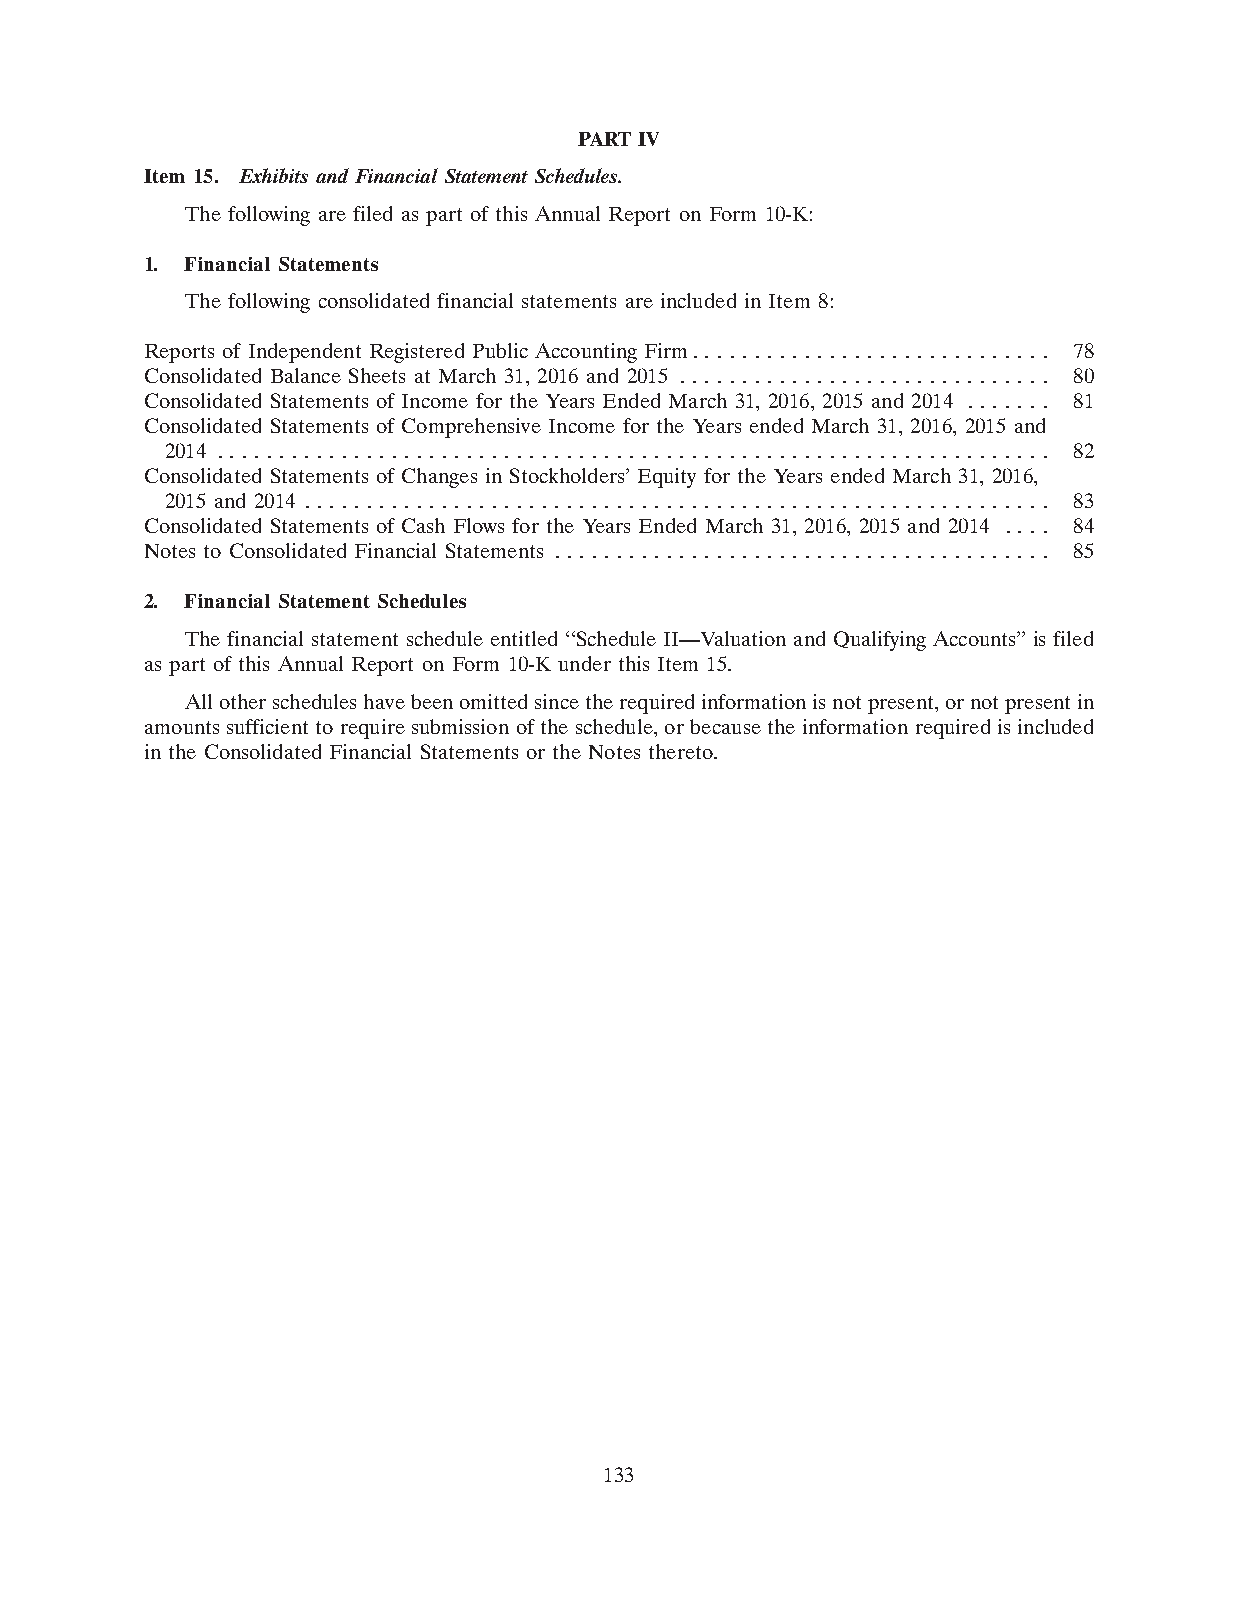
PART IV
 Item 15. Exhibits and Financial Statement Schedules.
 The following are filed as part of this Annual Report on Form 10-K:
 1. Financial Statements
 The following consolidated financial statements are included in Item 8:
 Reports of Independent Registered Public Accounting Firm. . . . . . . . . . . . . . . . . . . . . . . . . . . . . 78
 Consolidated Balance Sheets at March 31, 2016 and 2015 . . . . . . . . . . . . . . . . . . . . . . . . . . . . . . 80
 Consolidated Statements of Income for the Years Ended March 31, 2016, 2015 and 2014 . . . . . . . 81
 Consolidated Statements of Comprehensive Income for the Years ended March 31, 2016, 2015 and
 2014 . . . . . . . . . . . . . . . . . . . . . . . . . . . . . . . . . . . . . . . . . . . . . . . . . . . . . . . . . . . . . . . . . . . 82
 Consolidated Statements of Changes in Stockholders’ Equity for the Years ended March 31, 2016,
 2015 and 2014 . . . . . . . . . . . . . . . . . . . . . . . . . . . . . . . . . . . . . . . . . . . . . . . . . . . . . . . . . . . . 83
 Consolidated Statements of Cash Flows for the Years Ended March 31, 2016, 2015 and 2014 . . . . 84
 Notes to Consolidated Financial Statements . . . . . . . . . . . . . . . . . . . . . . . . . . . . . . . . . . . . . . . . 85
 2. Financial Statement Schedules
 The financial statement schedule entitled ‘‘Schedule II—Valuation and Qualifying Accounts’’ is filed
 as part of this Annual Report on Form 10-K under this Item 15.
 All other schedules have been omitted since the required information is not present, or not present in
 amounts sufficient to require submission of the schedule, or because the information required is included
 in the Consolidated Financial Statements or the Notes thereto.
 133